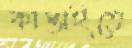
কাপ্তাইতে